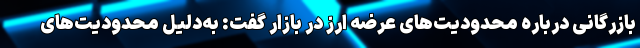
بازرگانی درباره محدودیت‌های عرضه ارز در بازار گفت: به‌دلیل محدودیت‌های